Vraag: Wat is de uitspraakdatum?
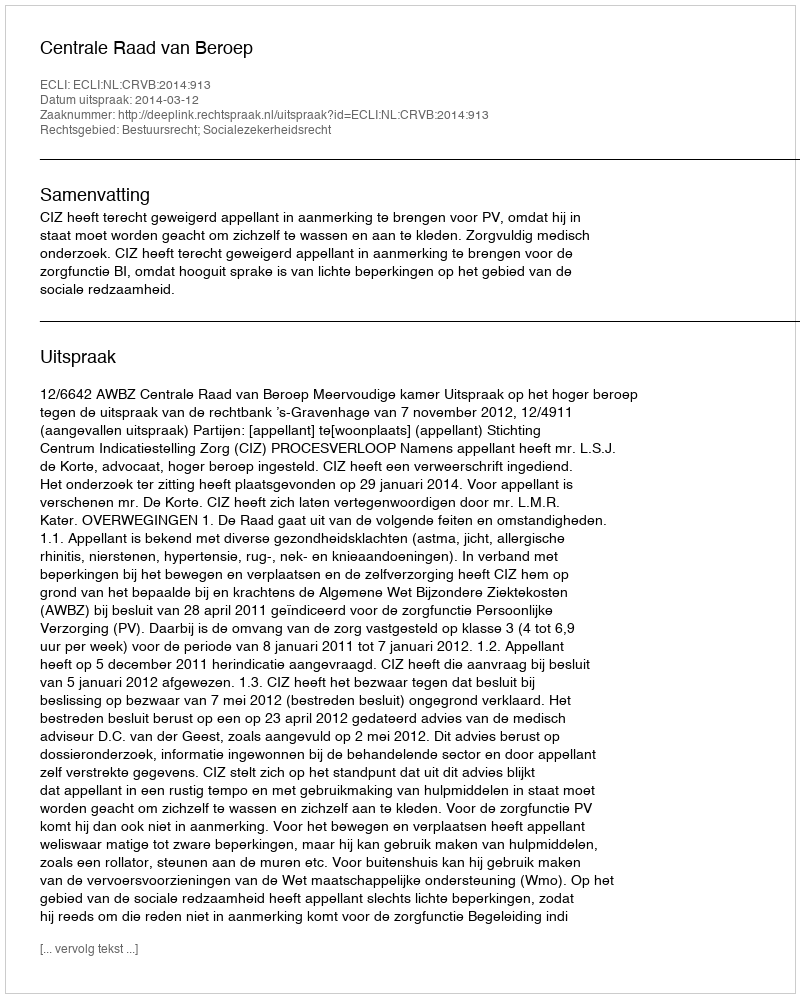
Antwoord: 2014-03-12